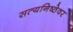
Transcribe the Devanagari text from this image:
सत्यनिष्ठेवर